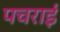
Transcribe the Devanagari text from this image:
पचराई